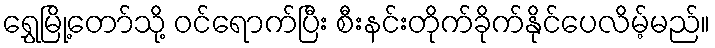
ရွှေမြို့တော်သို့ ဝင်ရောက်ပြီး စီးနင်းတိုက်ခိုက်နိုင်ပေလိမ့်မည်။